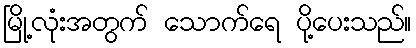
မြို့လုံးအတွက် သောက်ရေ ပို့ပေးသည်။